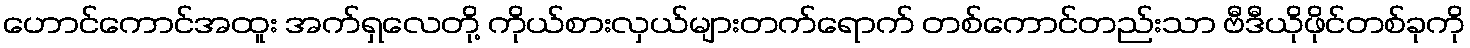
ဟောင်ကောင်အထူး အက်ရှလေတို့ ကိုယ်စားလှယ်များတက်ရောက် တစ်ကောင်တည်းသာ ဗီဒီယိုဖိုင်တစ်ခုကို